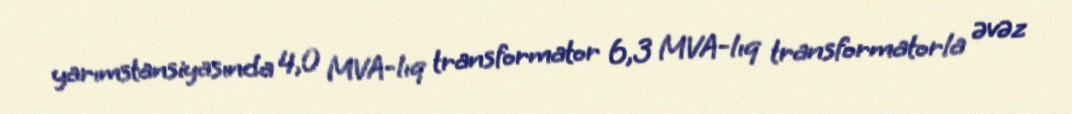
yarımstansiyasında 4,0 MVA-lıq transformator 6,3 MVA-lıq transformatorla əvəz